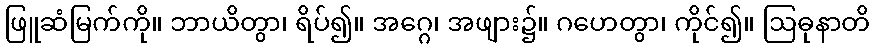
ဖြူဆံမြက်ကို။ ဘာယိတွာ၊ ရိပ်၍။ အဂ္ဂေ၊ အဖျား၌။ ဂဟေတွာ၊ ကိုင်၍။ ဩဓုနာတိ